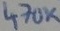
Text: 470K